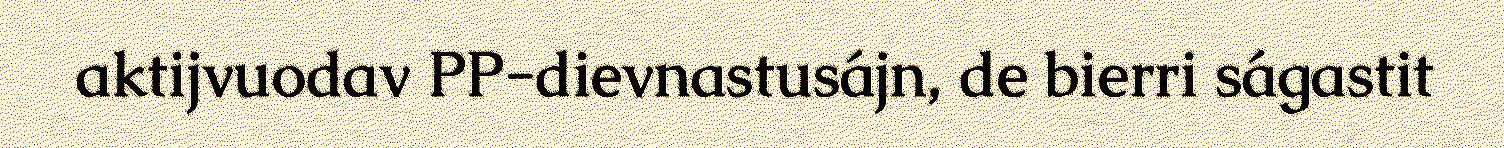
aktijvuodav PP-dievnastusájn, de bierri ságastit